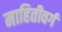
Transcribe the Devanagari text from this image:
माहितीवर्ग